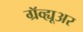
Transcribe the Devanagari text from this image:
ग्रॅव्ह्यूअर